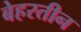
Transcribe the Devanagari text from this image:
बेहरतीन